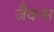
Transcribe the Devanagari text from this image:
जैवन्स